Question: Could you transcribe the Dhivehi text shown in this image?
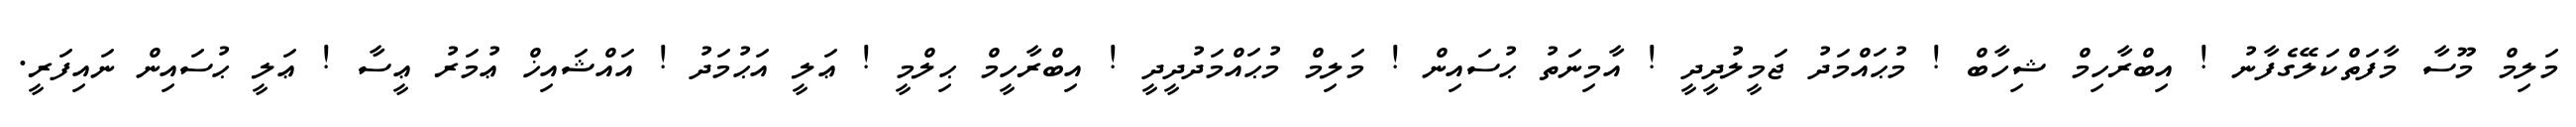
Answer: މަލިމް މޫސާ މާފަތްކަލޭގެފާނު ! އިބްރާހިމް ޝިހާބް ! މުޙައްމަދު ޖަމީލުދީދީ ! އާމިނަތު ޙުސައިން ! މަލިމް މުޙައްމަދުދީދީ ! އިބްރާހީމް ޙިލްމީ ! ޢަލީ އަޙުމަދު ! އައްޝައިޚް ޢުމަރު ޢީސާ ! ޢަލީ ޙުސައިން ނައިފަރީ.